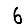
Digit: 6